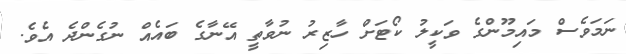
ނަމަވެސް މައިމޫންގެ ވަކީލު ކޯޓަށް ހާޒިރު ނުވާތީ އޭނާގެ ބައެއް ނުގެންދެ އެވެ.